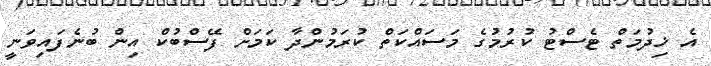
އެ ޚިދުމަތް ޓެސްޓު ކުރުމުގެ މަސައްކަތް ކުރަމުންދާ ކަމަށް ފޭސްބުކް އިން ބުނެފައިވަނީ